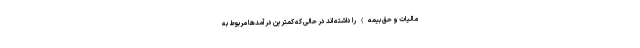
مالیات و حق بیمه) را داشته اند در حالی که کمترین درآمدها مربوط به